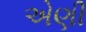
એણી